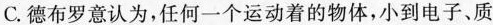
C.德布罗意认为，任何一个运动着的物体，小到电子、质